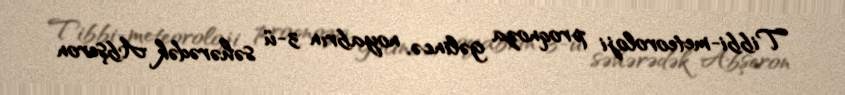
Tibbi-meteoroloji proqnoza gəlincə, noyabrın 3-ü səhərədək Abşeron